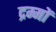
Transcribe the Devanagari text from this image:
द्रम्मों